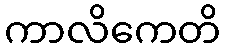
ကာလိကေတိ